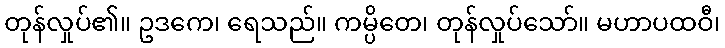
တုန်လှုပ်၏။ ဥဒကေ၊ ရေသည်။ ကမ္ပိတေ၊ တုန်လှုပ်သော်။ မဟာပထဝီ၊